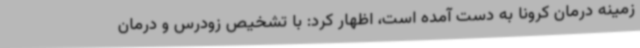
زمینه درمان کرونا به دست آمده است، اظهار کرد: با تشخیص زودرس و درمان